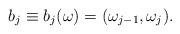
LaTeX: \begin{align*}b_j\equiv b_j(\omega)=(\omega_{j-1},\omega_j).\end{align*}